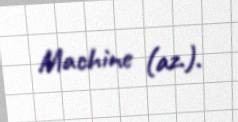
Machine (az.).